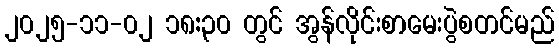
၂၀၂၅-၁၁-၀၂ ၁၈:၃၀ တွင် အွန်လိုင်းစာမေးပွဲစတင်မည်